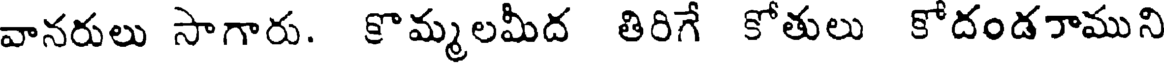
వానరులు సాగారు. కొమ్మలమీద తిరిగే కోతులు కోదండరాముని